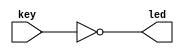
module led (
    input      key,  // key in
    output     led   // led out
);
    assign led = ~key;

endmodule //led